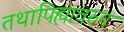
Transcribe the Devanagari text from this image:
तथापिह्यावरुन